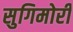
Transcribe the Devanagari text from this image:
सुगिमोरी